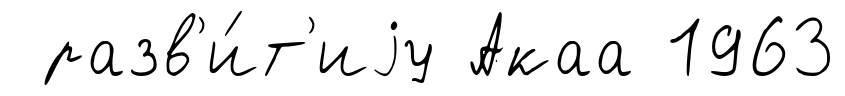
разв'и́т'иjу Акаа 1963